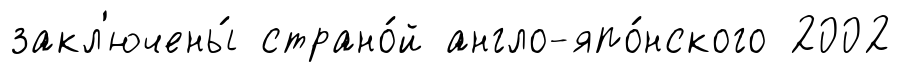
закл'ючены́ страно́й англо-япо́нского 2002